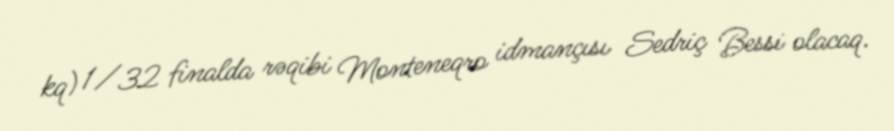
kq) 1/32 finalda rəqibi Monteneqro idmançısı Sedriç Bessi olacaq.